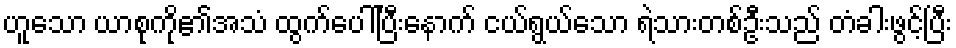
ဟူသော ယာစုကို၏အသံ ထွက်ပေါ်ပြီးနောက် ငယ်ရွယ်သော ရဲသားတစ်ဦးသည် တံခါးဖွင့်ပြီး